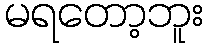
မရတော့ဘူး